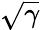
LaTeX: \sqrt{\gamma}